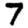
Digit: 7